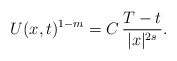
\begin{align*}U(x,t)^{1-m}=C\,\frac{T-t}{|x|^{2s}}.\end{align*}